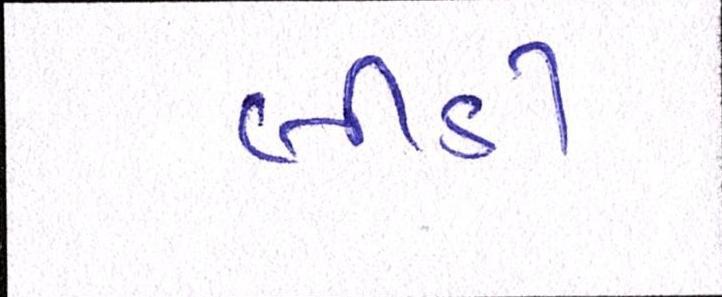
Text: બીડી